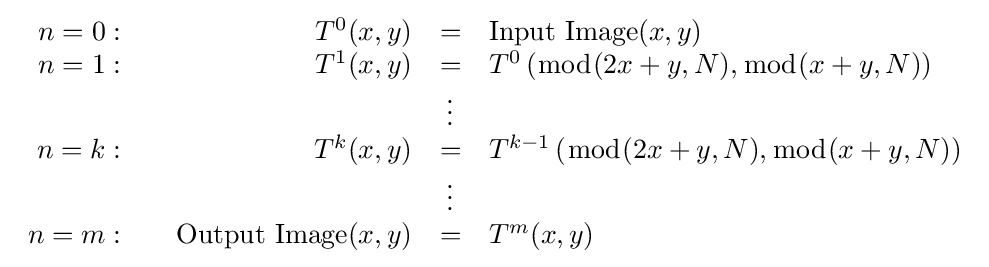
{\begin{array}{rrcl}n=0:\quad &T^{0}(x,y)&=&{\text{Input Image}}(x,y)\\n=1:\quad &T^{1}(x,y)&=&T^{0}\left({\bmod {(}}2x+y,N),{\bmod {(}}x+y,N)\right)\\&&\vdots \\n=k:\quad &T^{k}(x,y)&=&T^{k-1}\left({\bmod {(}}2x+y,N),{\bmod {(}}x+y,N)\right)\\&&\vdots \\n=m:\quad &{\text{Output Image}}(x,y)&=&T^{m}(x,y)\end{array}}